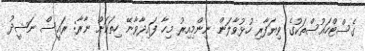
ގެސްޓްހައުސްތަކުގެ ވިޔަފާރި ހުޅުވާލަން ނިންމިއިރު މިހާ ފައިދާާވާނޭ ހިތަކަށް ނާރާ: ރައީސް ނަޝީދު